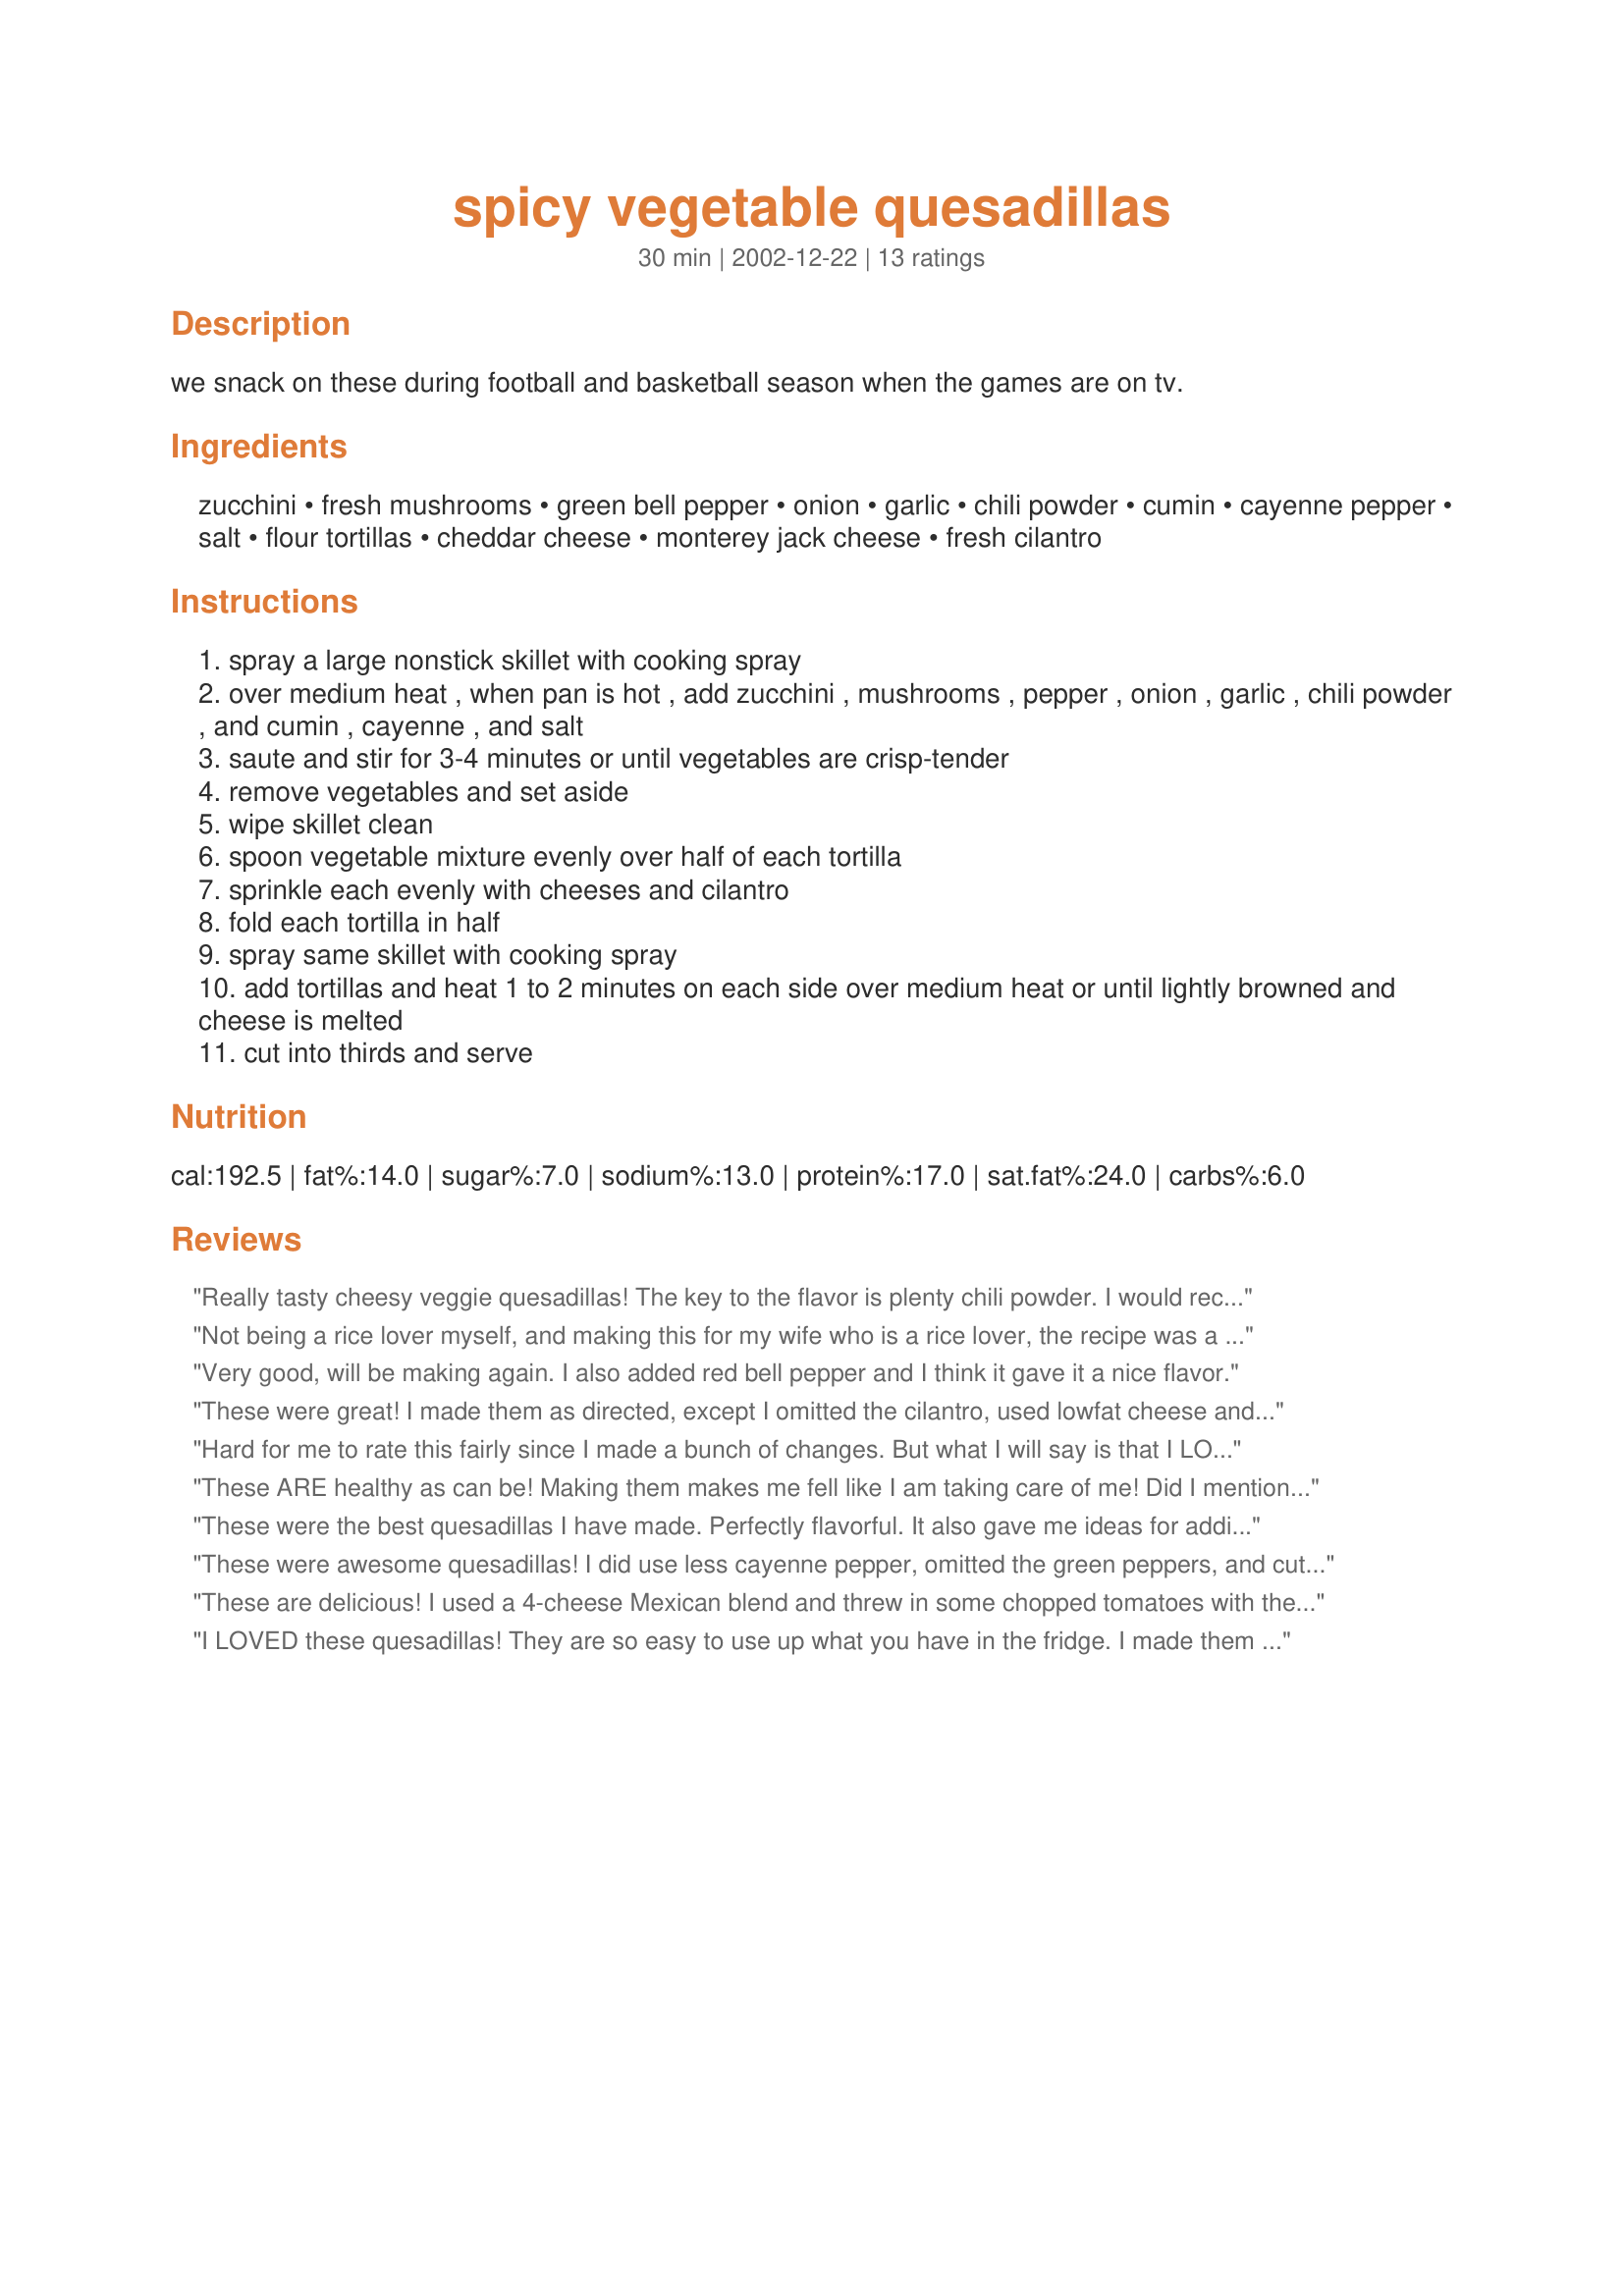
spicy vegetable quesadillas
Preparation time: 30 minutes

we snack on these during football and basketball season when the games are on tv.

Ingredients:
zucchini, fresh mushrooms, green bell pepper, onion, garlic, chili powder, cumin, cayenne pepper, salt, flour tortillas, cheddar cheese, monterey jack cheese, fresh cilantro

Steps:
spray a large nonstick skillet with cooking spray
over medium heat , when pan is hot , add zucchini , mushrooms , pepper , onion , garlic , chili powder , and cumin , cayenne , and salt
saute and stir for 3-4 minutes or until vegetables are crisp-tender
remove vegetables and set aside
wipe skillet clean
spoon vegetable mixture evenly over half of each tortilla
sprinkle each evenly with cheeses and cilantro
fold each tortilla in half
spray same skillet with cooking spray
add tortillas and heat 1 to 2 minutes on each side over medium heat or until lightly browned and cheese is melted
cut into thirds and serve

Reviews:
Really tasty cheesy veggie quesadillas! The key to the flavor is plenty chili powder. I would recommend to use not too large zucchini, or it might all get too much.
Not being a rice lover myself, and making this for my wife who is a rice lover, the recipe was a hit!!! I have even been converted! Well, "long grained" anyway...:)
Very good, will be making again. I also added red bell pepper and I think it gave it a nice flavor.
These were great! I made them as directed, except I omitted the cilantro, used lowfat cheese and used chopped chipotles instead of the chili powder because I kind of like them ;) I also used whole grain tortillas. Awesome! Thanks for the recipe!
Hard for me to rate this fairly since I made a bunch of changes. But what I will say is that I LOVED the Mushrooms and Zucchini. I never would have thought of it! As for changes - I left out the bell pepper (bf doesn't like them) Used green onions (what I had) Cut the chili powder in half (I found the chili powder taste to strong. Not -hot- strong, just chili powdery strong)I used pepper jack cheese (didn't measure, just grated over) And I mixed the cilantro with about 1 tbsp sour cream per quesadilla (I stacked instead of folded). In the end I actually had to go back and make a second batch of 3 for BF's lunch today. Will make these again. Thanks!
These ARE healthy as can be!
Making them makes me fell like I am taking care of me!
Did I mention they are low fat,
No...better not mention that :)
THANKS! GREAT!
These were the best quesadillas I have made. Perfectly flavorful. It also gave me ideas for adding different veggies or beans as variations. The seasonings would be a good starting point for many kitchen experiments. Thank you!
These were awesome quesadillas! I did use less cayenne pepper, omitted the green peppers, and cut way back on the chili powder because I'm cooking for kids, but they ate all their veggies and didn't even know it!
These are delicious! I used a 4-cheese Mexican blend and threw in some chopped tomatoes with the cilantro, since I love tomatoes. I also used a multigrain tortilla. Thanks for a keeper!
I LOVED these quesadillas! They are so easy to use up what you have in the fridge. I made them for lunch and served with guacamole dip. I'll be making these over and over. Thanks for posting!
These were really terrific and reminded me a bit of the version offered by Applebee's only better. I made a half batch of the veggies but only prepared 2 quesadillas, with the rest going into an egg white omelet this morning. The vegetable mix is delicious with a good combination of colors and textures well seasoned with the cumin, garlic and chili powder. I used a pepper jack in lieu of Monterey jack for a little extra kick. Thanks!
Oh yeah!! I thought these quesadillas were to die for. I used 1 tablespoon chili powder and cut back on the cumin to 1/4 teaspoon because my husband doesn't like it as much as I do. Still had a nice zingy flavor, though and plenty of yummy cheese. I served these as an appetizer along with bean enchiladas and Spanish rice. These were real quick to make and very satisfying. Thanks.
The weather is finally getting mild enough for us to sit out on our deck. I made these quesadillas for a light supper. They were marvelous. The sauteed veggies were very zesty and went great with the cheddar and monterey jack cheese. We munched on them and sipped on margaritas as we watched the sun go down. Such paradise.
